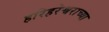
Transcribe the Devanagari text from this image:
हरिहरेश्वराच्या